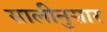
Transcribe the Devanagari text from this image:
सालीनुसार